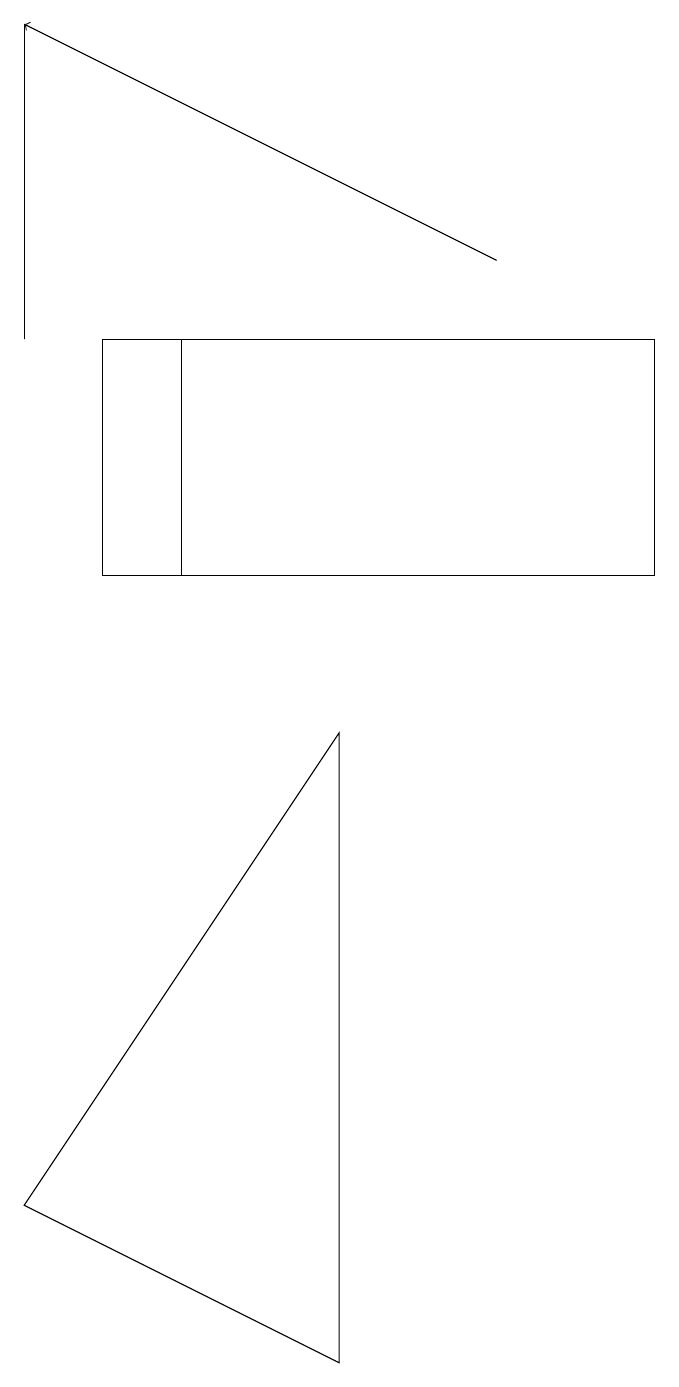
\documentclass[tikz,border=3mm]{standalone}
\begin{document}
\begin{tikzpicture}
\draw (0,2) -- (4,0) -- (4,8) -- cycle;
\draw (0,13) rectangle (0,17);
\draw[->] (6,14) -- (0,17);
\draw (2,10) rectangle (1,13);
\draw (1,13) rectangle (8,10);
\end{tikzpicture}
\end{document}